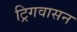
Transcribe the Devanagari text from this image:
ट्रिगवासन